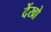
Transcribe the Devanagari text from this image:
देंखो